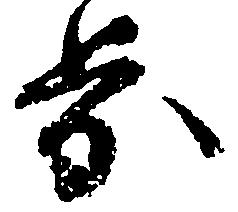
歩